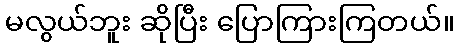
မလွယ်ဘူး ဆိုပြီး ပြောကြားကြတယ်။